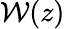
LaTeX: \mathcal{W}(z)